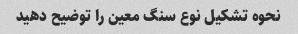
نحوه تشکیل نوع سنگ معین را توضیح دهید